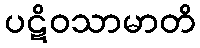
ပဋိဝသာမာတိ